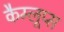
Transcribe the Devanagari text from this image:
कैम्लूप्स